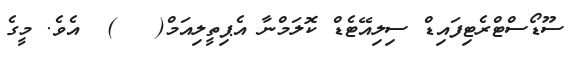
ސޫޑޯސްޓްރެޓިފައިޑް ސިލިއޭޓެޑް ކޮލަމްނާ އެޕިތީލިއަމް(   )  އެވެ. މީގެ